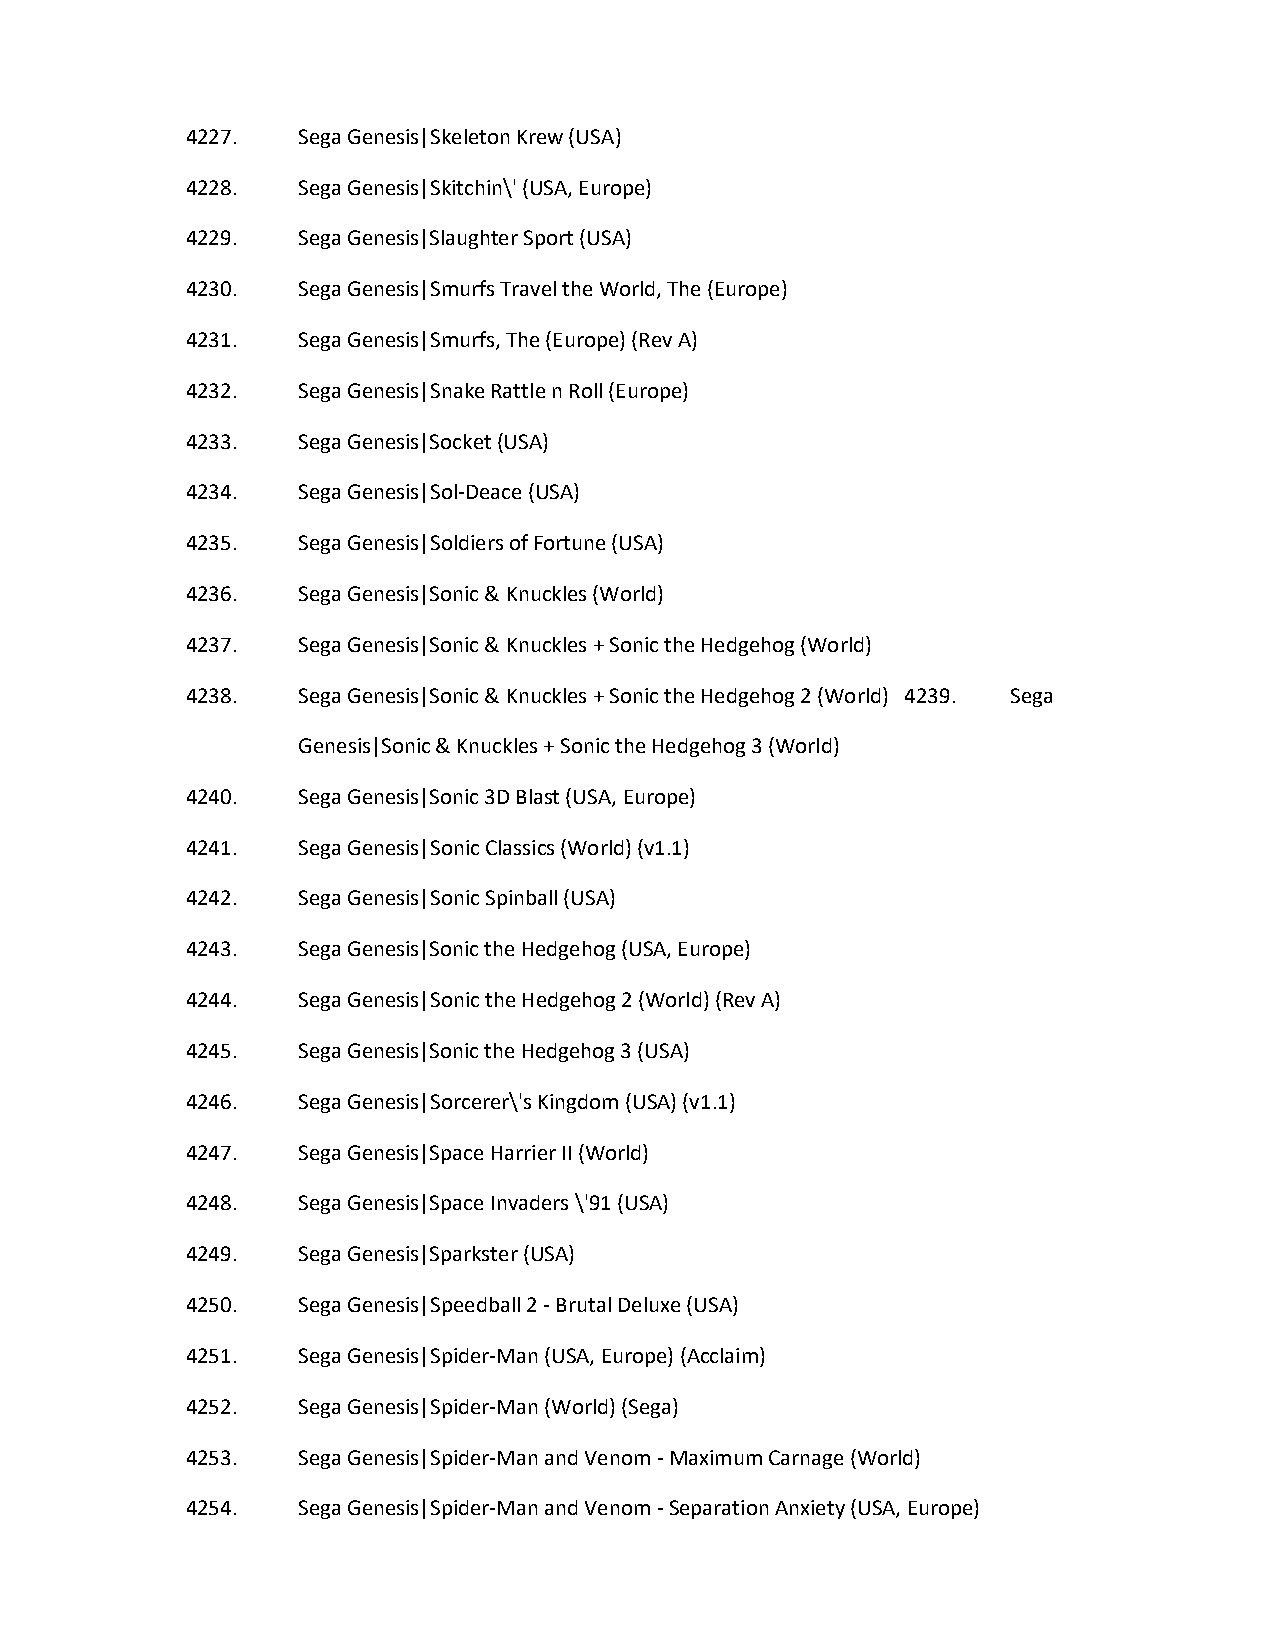
4227.   Sega Genesis|Skeleton Krew (USA)
 4228.   Sega Genesis|Skitchin\' (USA, Europe)
 4229.   Sega Genesis|Slaughter Sport (USA)
 4230.   Sega Genesis|Smurfs Travel the World, The (Europe)
 4231.   Sega Genesis|Smurfs, The (Europe) (Rev A)
 4232.   Sega Genesis|Snake Rattle n Roll (Europe)
 4233.   Sega Genesis|Socket (USA)
 4234.   Sega Genesis|Sol-Deace (USA)
 4235.   Sega Genesis|Soldiers of Fortune (USA)
 4236.   Sega Genesis|Sonic & Knuckles (World)
 4237.   Sega Genesis|Sonic & Knuckles + Sonic the Hedgehog (World)
 4238.   Sega Genesis|Sonic & Knuckles + Sonic the Hedgehog 2 (World) 4239. Sega
 Genesis|Sonic & Knuckles + Sonic the Hedgehog 3 (World)
 4240.   Sega Genesis|Sonic 3D Blast (USA, Europe)
 4241.   Sega Genesis|Sonic Classics (World) (v1.1)
 4242.   Sega Genesis|Sonic Spinball (USA)
 4243.   Sega Genesis|Sonic the Hedgehog (USA, Europe)
 4244.   Sega Genesis|Sonic the Hedgehog 2 (World) (Rev A)
 4245.   Sega Genesis|Sonic the Hedgehog 3 (USA)
 4246.   Sega Genesis|Sorcerer\'s Kingdom (USA) (v1.1)
 4247.   Sega Genesis|Space Harrier II (World)
 4248.   Sega Genesis|Space Invaders \'91 (USA)
 4249.   Sega Genesis|Sparkster (USA)
 4250.   Sega Genesis|Speedball 2 - Brutal Deluxe (USA)
 4251.   Sega Genesis|Spider-Man (USA, Europe) (Acclaim)
 4252.   Sega Genesis|Spider-Man (World) (Sega)
 4253.   Sega Genesis|Spider-Man and Venom - Maximum Carnage (World)
 4254.   Sega Genesis|Spider-Man and Venom - Separation Anxiety (USA, Europe)